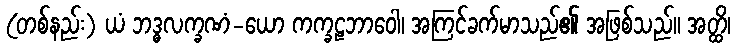
(တစ်နည်း) ယံ ဘဒ္ဓလက္ခဏံ-ယော ကက္ခဠဘာဝေါ၊ အကြင်ခက်မာသည်၏ အဖြစ်သည်။ အတ္ထိ၊